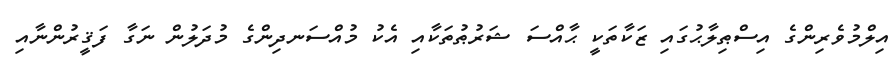
އިލްމުވެރިންގެ އިސްޠިލާޙުގައި ޒަކާތަކީ ޙާއްސަ ޝަރުޠުތަކާއި އެކު މުއްސަނދިންގެ މުދަލުން ނަގާ ފަޤީރުންނާއި